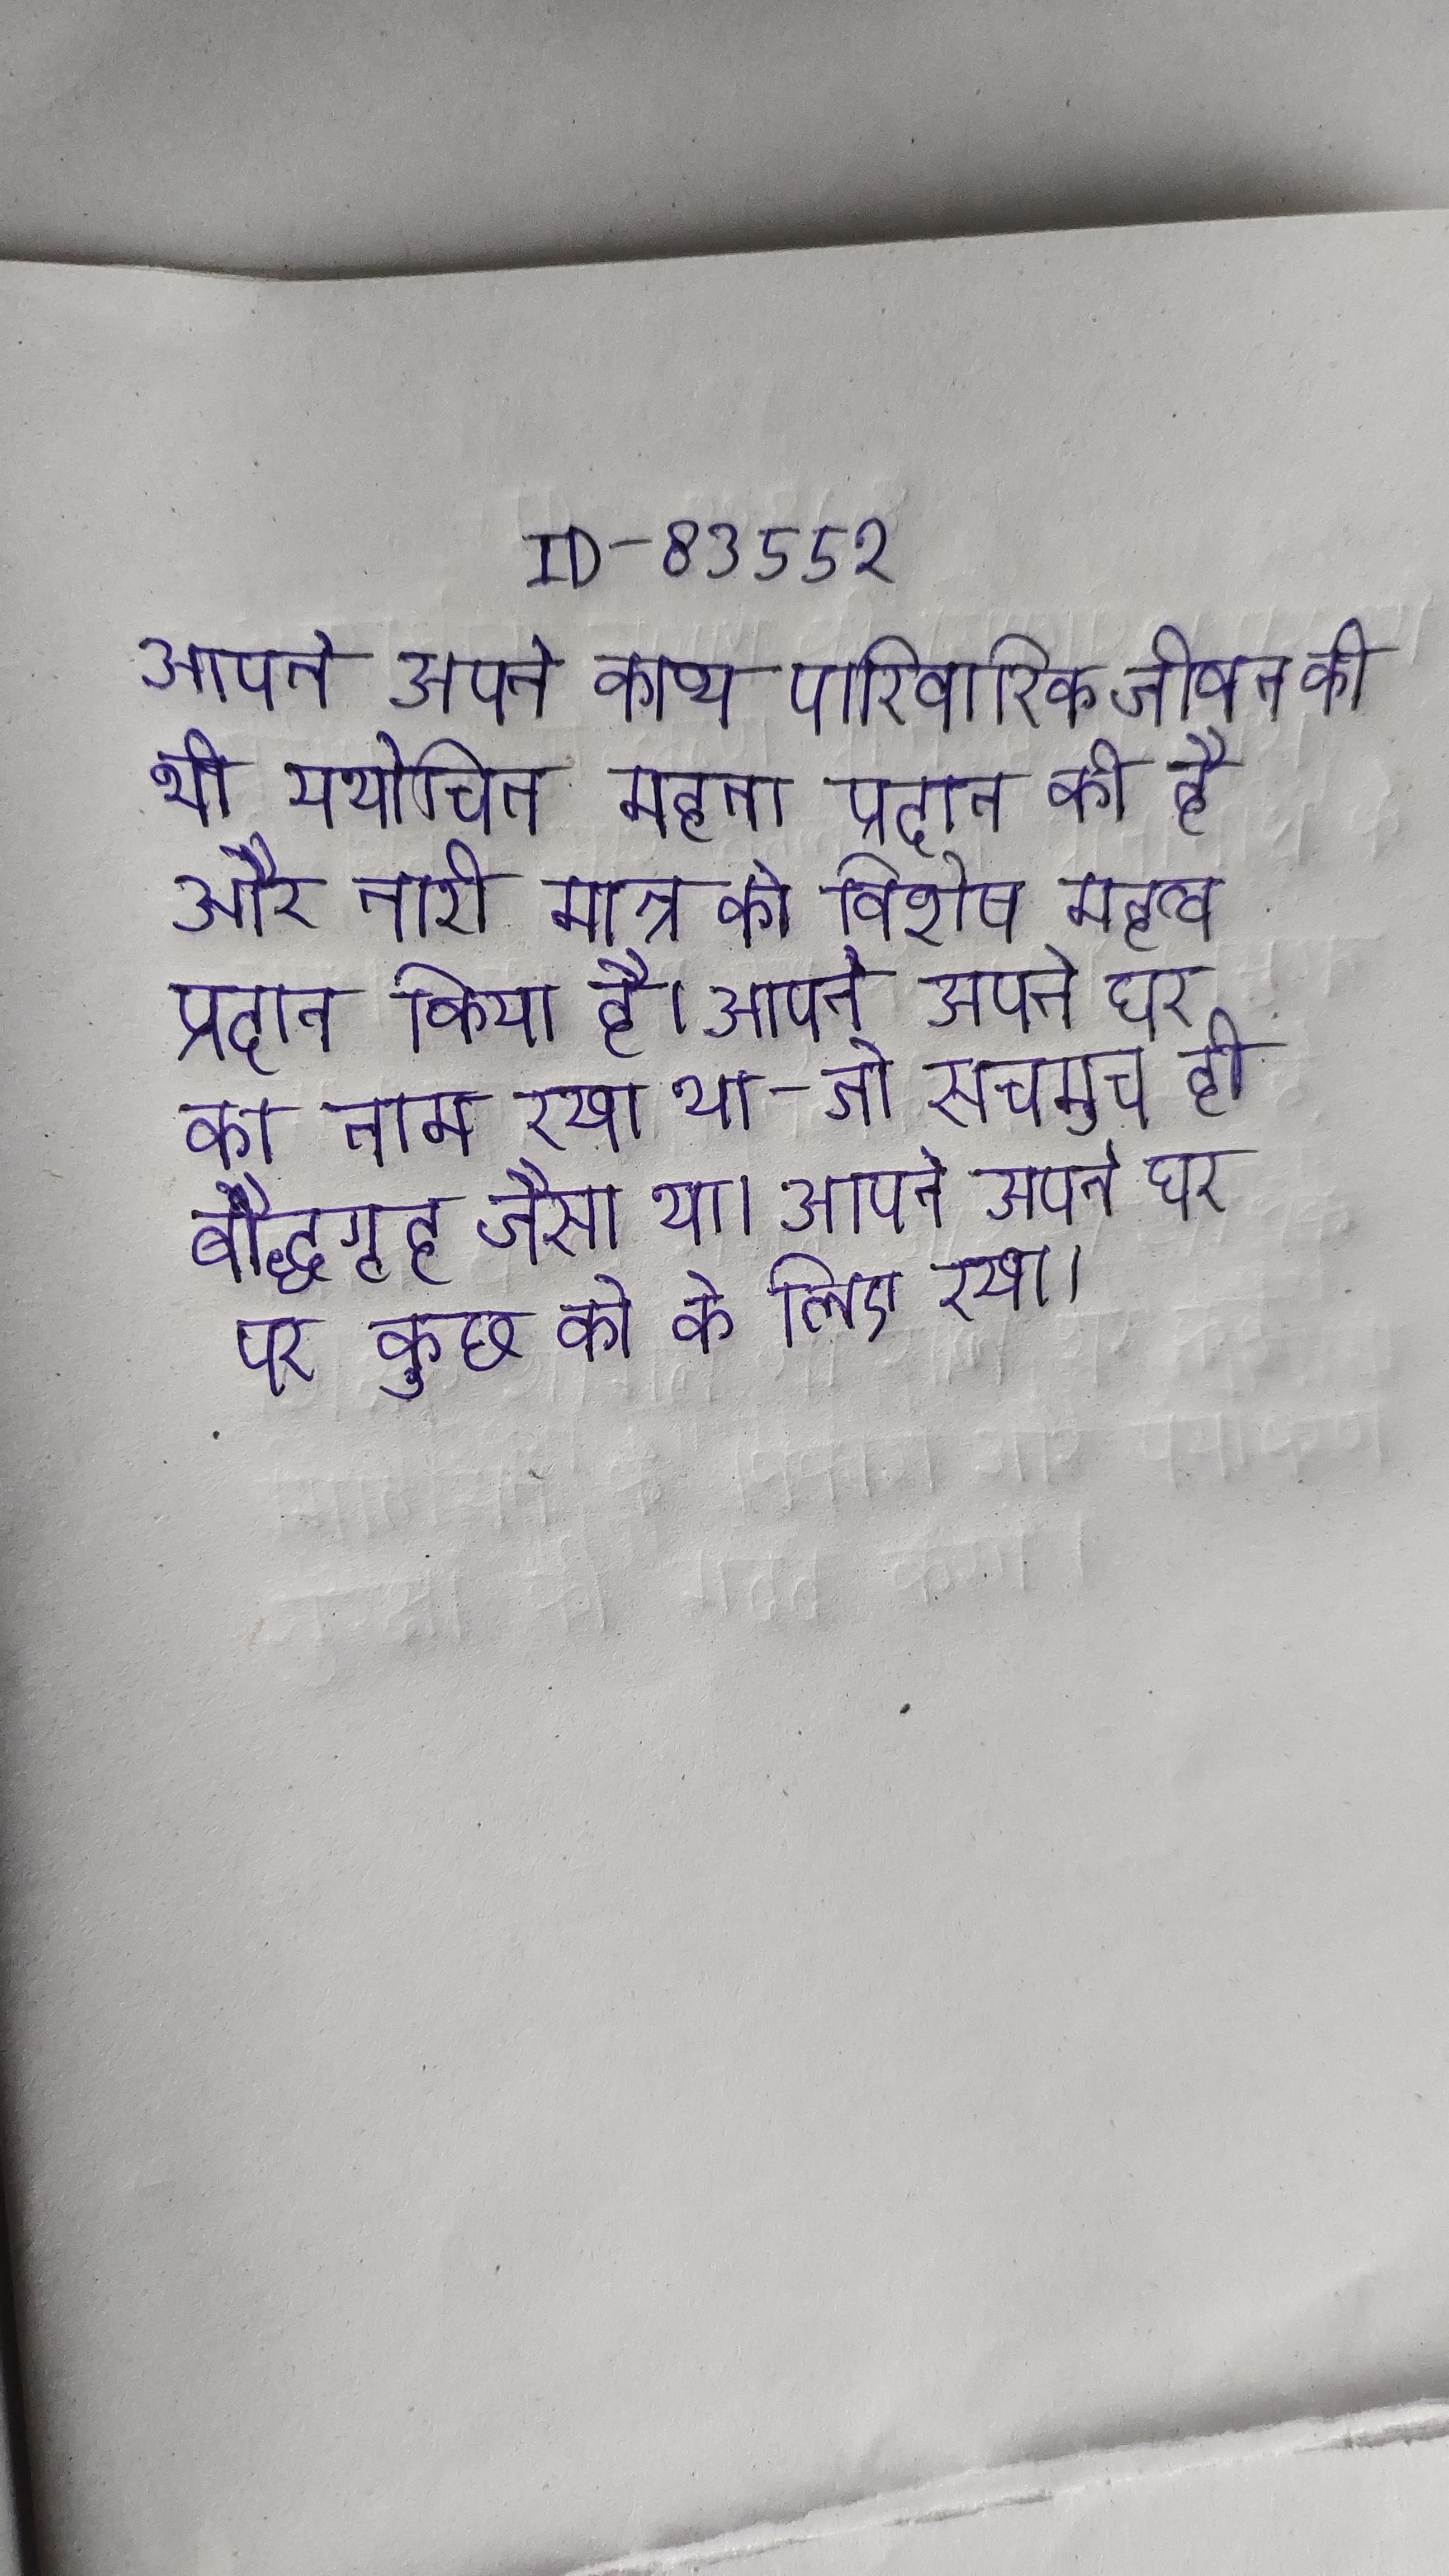
आपने अपने काव्य पारिवारिक जीवन को भी यथोचित महत्ता प्रदान की है और नारी मात्र को विशेष महत्व प्रदान किया है । आपने अपने घर का नाम रखा था - जो सचमुच ही बौद्धगृह जैसा था । आपने अपने घर पर कुछ को के लिए रखा ।